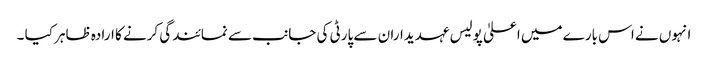
انہوں نے اس بارے میں اعلیٰ پولیس عہدیداران سے پارٹی کی جانب سے نمائندگی کرنے کا ارادہ ظاہر کیا ۔